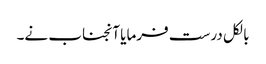
بالکل درست فرمایا آنجناب نے۔